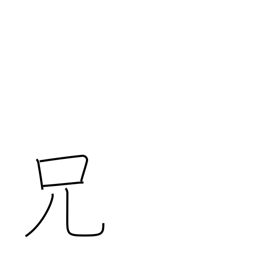
Meaning: elder brother